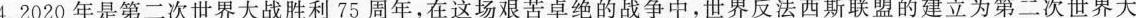
4.2020年是第二次世界大战胜利75周年，在这场艰苦卓绝的战争中，世界反法西斯联盟的建立为第二次世界大